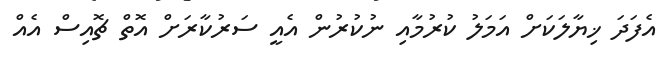
އެފަދަ ޚިޔާލަކަށް އަމަލު ކުރުމާއި ނުކުރުން އެއީ ސަރުކާރަށް އޮތް ޗޮއިސް އެއް